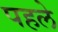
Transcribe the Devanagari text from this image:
पहलेे